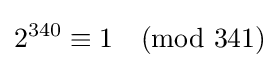
2^{340}\equiv 1{\pmod {341}}